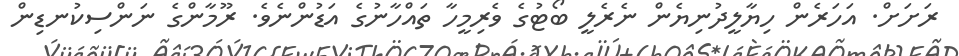
ރަށަށް. އަހަރެން ހިޔާލީދުނިޔެން ނެރެލީ ބޯޓުގެ ވެރިމީހާާ ތައްހާނުގެ އަޑުންނެވެ. ރޫމާންގެ ނަންސިކުނޑިން